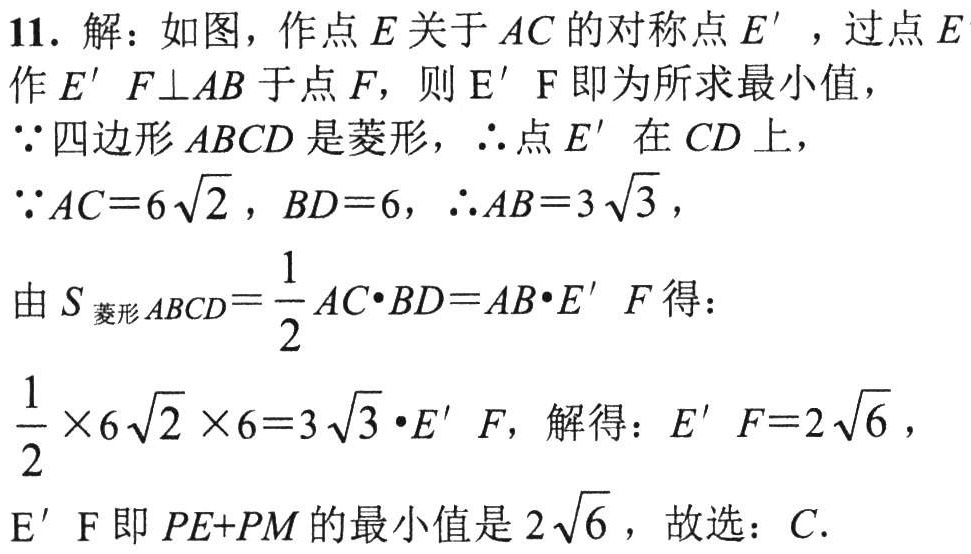
11. 解：如图，作点\(E\)关于\(AC\)的对称点\(E'\)，过点\(E\)作\(E'F\perp AB\)于点\(F\)，则\(E'F\)即为所求最小值，

\(\because\)四边形\(ABCD\)是菱形，\(\therefore\)点\(E'\)在\(CD\)上，

\(\because AC = 6\sqrt{2}\)，\(BD = 6\)，\(\therefore AB = 3\sqrt{3}\)，

由\(S_{菱形ABCD}=\frac{1}{2}AC\cdot BD = AB\cdot E'F\)得：

\(\frac{1}{2}\times 6\sqrt{2}\times 6 = 3\sqrt{3}\cdot E'F\)，解得：\(E'F = 2\sqrt{6}\)，

\(E'F\)即\(PE + PM\)的最小值是\(2\sqrt{6}\)，故选：\(C\).